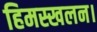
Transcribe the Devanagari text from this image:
हिमस्खलन।